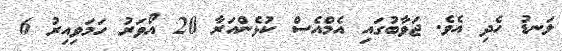
ލަނޑު ހެދި އެވެ. ޖަވާބުގައި އެމްއެސް ކުޅެންއަރާ 20 އޯވަރު ހަމަވިއިރު 6